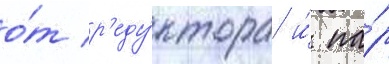
о́т р'еду́ктора и́ па́р